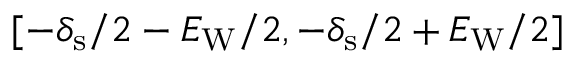
[ - \delta _ { \mathrm { s } } / 2 - E _ { \mathrm { W } } / 2 , - \delta _ { \mathrm { s } } / 2 + E _ { \mathrm { W } } / 2 ]